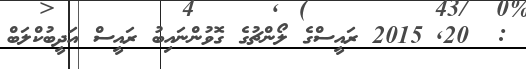
:  20